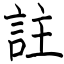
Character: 註